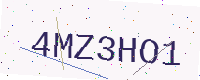
Text: 4MZ3HO1